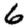
Digit: 6